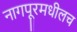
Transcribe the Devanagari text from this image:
नागपूरमधीलच